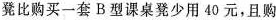
凳比购买一套B型课桌凳少用40元，且购